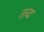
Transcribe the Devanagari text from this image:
रुब्द